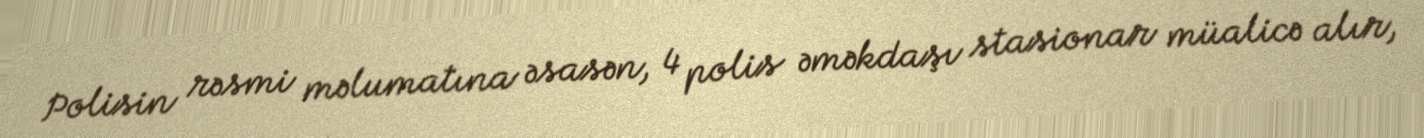
Polisin rəsmi məlumatına əsasən, 4 polis əməkdaşı stasionar müalicə alır,